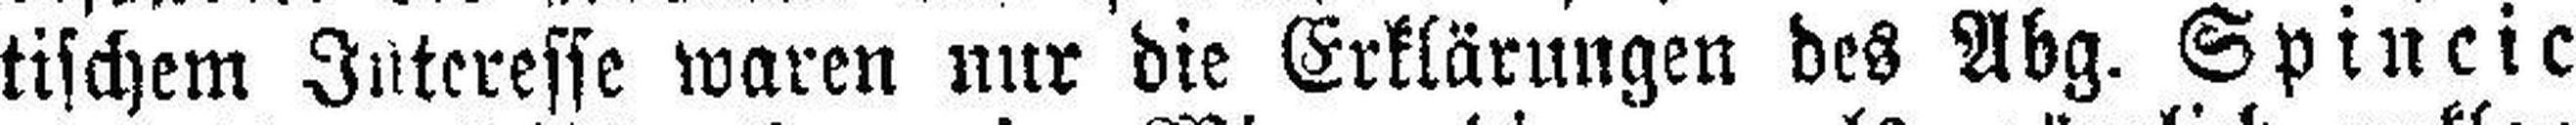
tischem Interesse waren nur die Erklärungen des Abg. Spincic